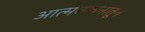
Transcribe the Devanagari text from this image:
आत्मकथनातून